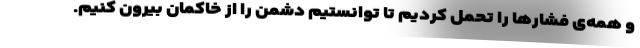
و همه‌ی فشارها را تحمل کردیم تا توانستیم دشمن را از خاکمان بیرون کنیم.